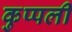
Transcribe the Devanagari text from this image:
कुप्पली